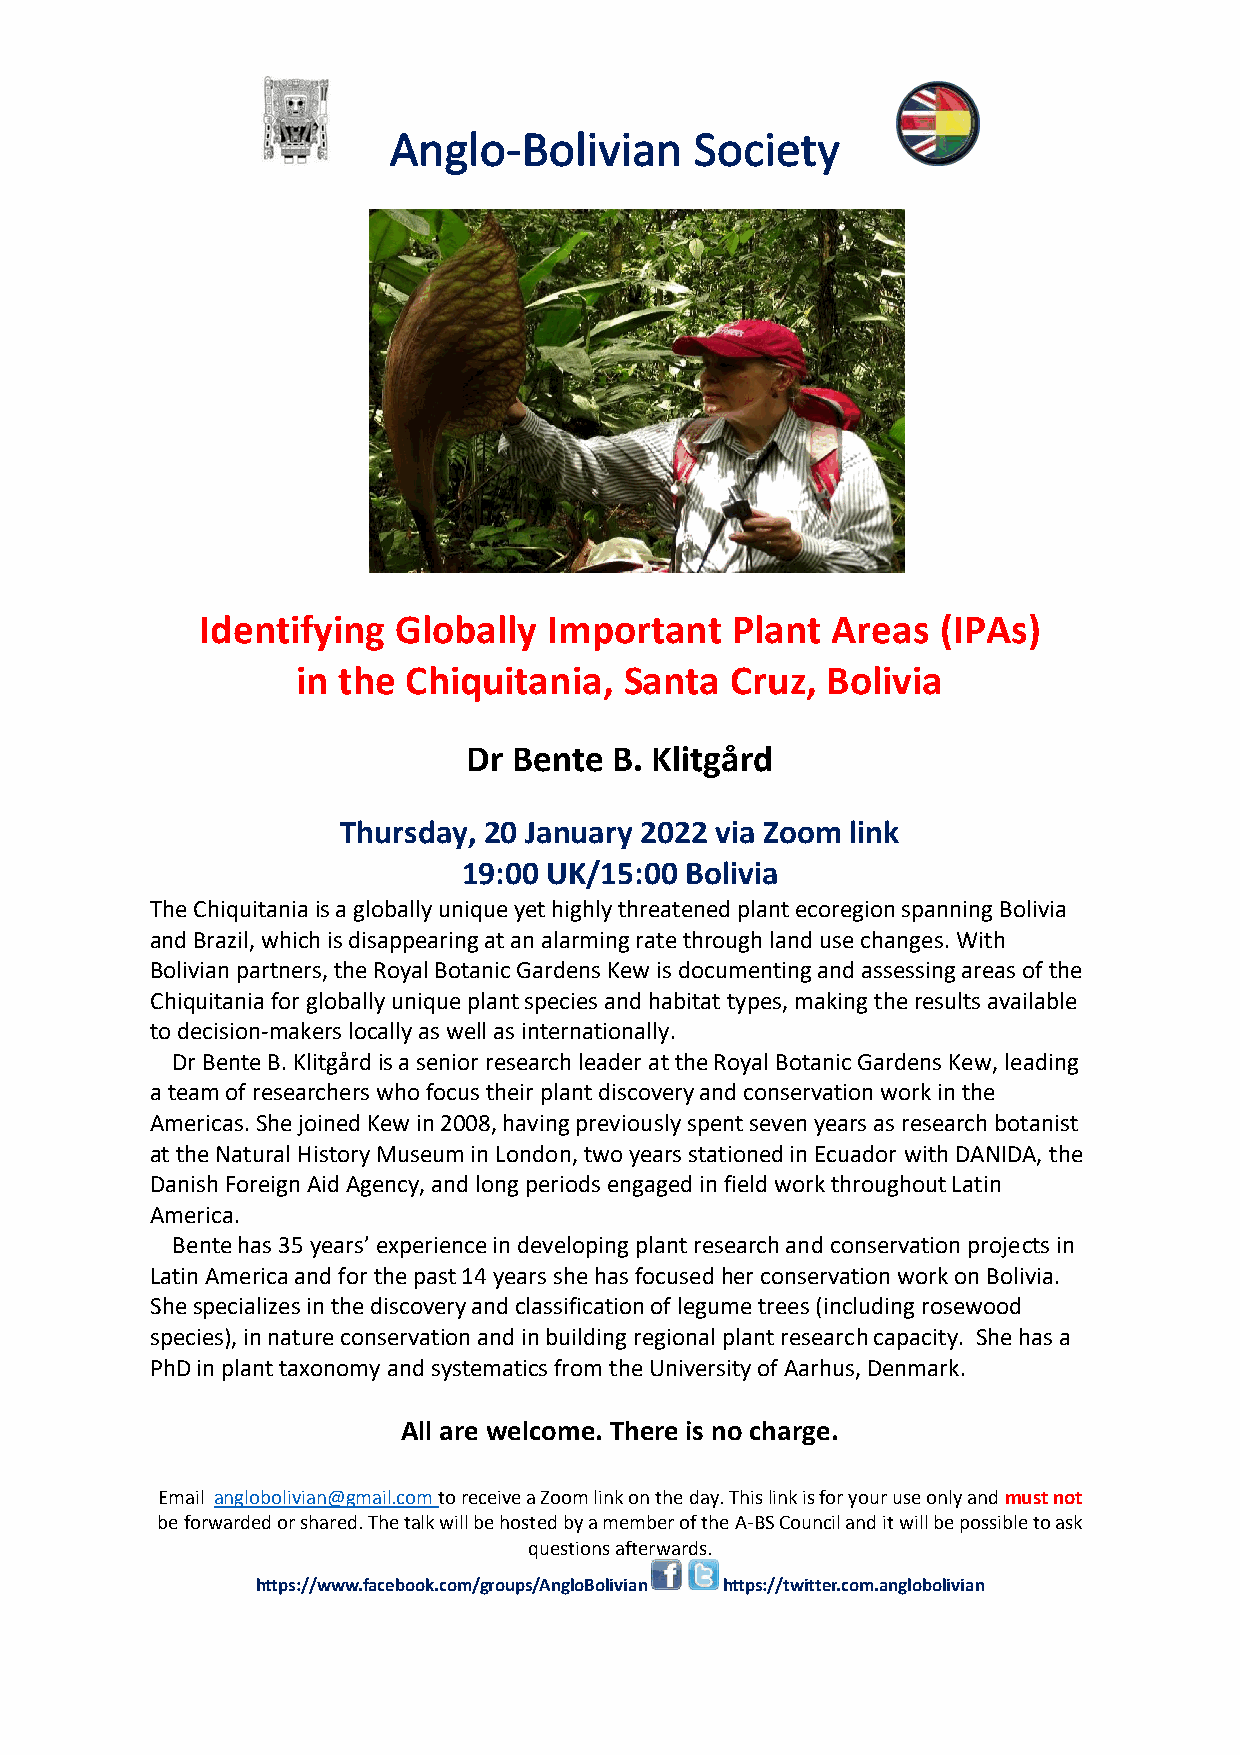
Identifying  Globally  Important    Plant Areas  (IPAs)
 in the Chiquitania,  Santa  Cruz,  Bolivia
 Dr Bente  B. Klitgård
 Thursday, 20 January 2022 via Zoom link
 19:00 UK/15:00 Bolivia
 The Chiquitania is a globally unique yet highly threatened plant ecoregion spanning Bolivia
 and Brazil, which is disappearing at an alarming rate through land use changes. With
 Bolivian partners, the Royal Botanic Gardens Kew is documenting and assessing areas of the
 Chiquitania for globally unique plant species and habitat types, making the results available
 to decision-makers locally as well as internationally.
 Dr Bente B. Klitgård is a senior research leader at the Royal Botanic Gardens Kew, leading
 a team of researchers who focus their plant discovery and conservation work in the
 Americas. She joined Kew in 2008, having previously spent seven years as research botanist
 at the Natural History Museum in London, two years stationed in Ecuador with DANIDA, the
 Danish Foreign Aid Agency, and long periods engaged in field work throughout Latin
 America.
 Bente has 35 years’ experience in developing plant research and conservation projects in
 Latin America and for the past 14 years she has focused her conservation work on Bolivia.
 She specializes in the discovery and classification of legume trees (including rosewood
 species), in nature conservation and in building regional plant research capacity. She has a
 PhD in plant taxonomy and systematics from the University of Aarhus, Denmark.
 All are welcome. There is no charge.
 Email anglobolivian@gmail.com to receive a Zoom link on the day. This link is for your use only and must not
 be forwarded or shared. The talk will be hosted by a member of the A-BS Council and it will be possible to ask
 questions afterwards.
 https://www.facebook.com/groups/AngloBolivian https://twitter.com.anglobolivian